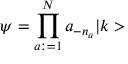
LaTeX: \psi = \prod _ { a : = 1 } ^ { N } a _ { - n _ { a } } \vert k >